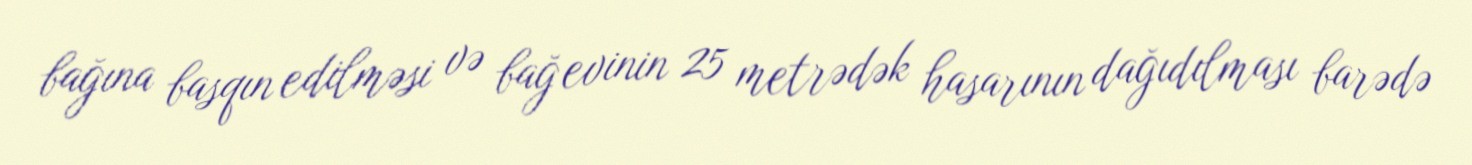
bağına basqın edilməsi və bağ evinin 25 metrədək hasarının dağıdılması barədə